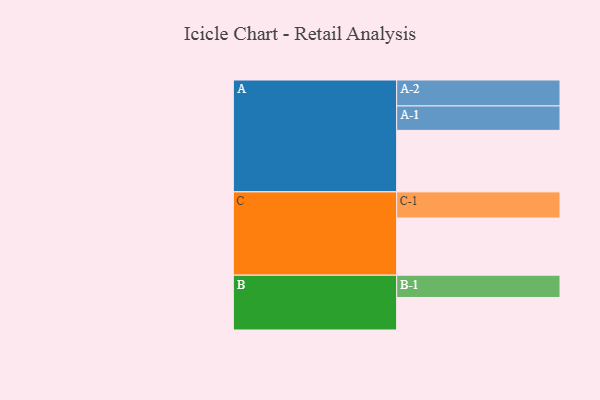
{"axis": {"x": "Segment", "y": "Value"}, "legend": ["", "A", "B", "C"], "data": [{"x": "A", "y": 569, "type": ""}, {"x": "B", "y": 301, "type": ""}, {"x": "C", "y": 529, "type": ""}, {"x": "A-1", "y": 226, "type": "A"}, {"x": "A-2", "y": 240, "type": "A"}, {"x": "B-1", "y": 206, "type": "B"}, {"x": "C-1", "y": 242, "type": "C"}]}